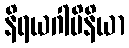
နိရယဂါမိနိယာ